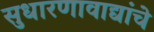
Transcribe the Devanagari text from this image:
सुधारणावाद्यांचे